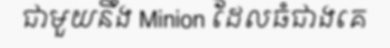
ជាមួយនឹង Minion ដែលធំជាងគេ